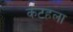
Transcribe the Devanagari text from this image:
कटहला